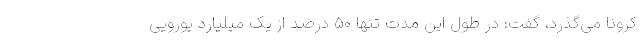
کرونا می‌گذرد، گفت: در طول این مدت تنها ۵۰ درصد از یک میلیارد یورویی